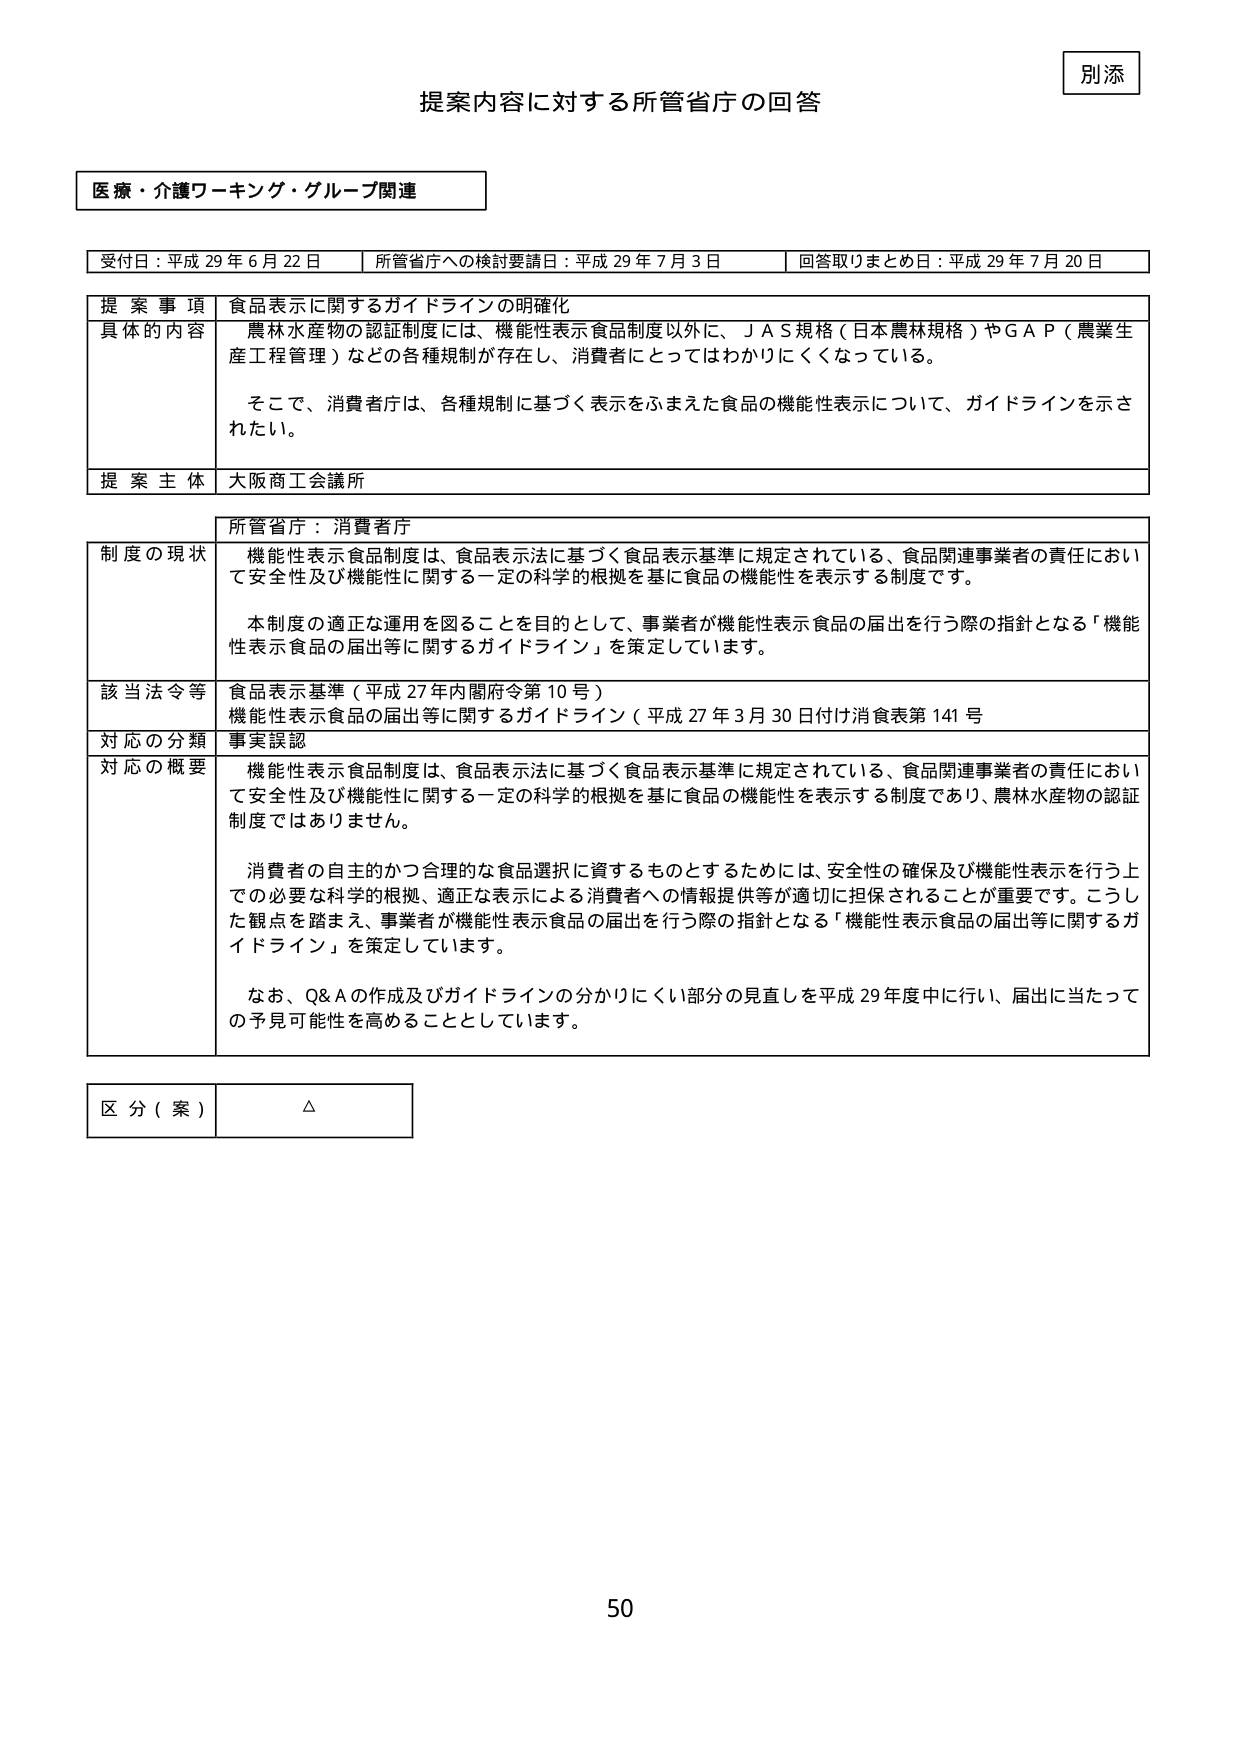
別添
提案内容に対する所管省庁の回答

医療・介護ワーキング・グループ関連

受付日：平成29年6月22日　　所管省庁への検討要請日：平成29年7月3日　　回答取りまとめ日：平成29年7月20日

提案事項　食品表示に関するガイドラインの明確化
具体的内容　農林水産物の認証制度には、機能性表示食品制度以外に、ＪＡＳ規格（日本農林規格）やＧＡＰ（農業生産工程管理）などの各種規制が存在し、消費者にとってはわかりにくくなっている。
　　　　　　そこで、消費者庁は、各種規制に基づく表示をふまえた食品の機能性表示について、ガイドラインを示されたい。
提案主体　大阪商工会議所

所管省庁：消費者庁
制度の現状　機能性表示食品制度は、食品表示法に基づく食品表示基準に規定されている、食品関連事業者の責任において安全性及び機能性に関する一定の科学的根拠を基に食品の機能性を表示する制度です。
　　　　　　本制度の適正な運用を図ることを目的として、事業者が機能性表示食品の届出を行う際の指針となる「機能性表示食品の届出等に関するガイドライン」を策定しています。
該当法令等　食品表示基準（平成27年内閣府令第10号）
　　　　　　機能性表示食品の届出等に関するガイドライン（平成27年3月30日付け消費表第141号）
対応の分類　事実誤認
対応の概要　機能性表示食品制度は、食品表示法に基づく食品表示基準に規定されている、食品関連事業者の責任において安全性及び機能性に関する一定の科学的根拠を基に食品の機能性を表示する制度であり、農林水産物の認証制度ではありません。
　　　　　　消費者の自主的かつ合理的な食品選択に資するものとするためには、安全性の確保及び機能性表示を行う上での必要な科学的根拠、適正な表示による消費者への情報提供等が適切に担保されることが重要です。こうした観点を踏まえ、事業者が機能性表示食品の届出を行う際の指針となる「機能性表示食品の届出等に関するガイドライン」を策定しています。
　　　　　　なお、Q&Aの作成及びガイドラインの分かりにくい部分の見直しを平成29年度中に行い、届出に当たっての予見可能性を高めることとしています。

区分（案）　△

50